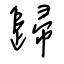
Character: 歸